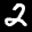
Label: 2